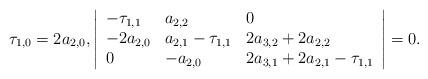
LaTeX: \begin{align*}\tau_{1,0}=2a_{2,0},\left|\begin{array}{lll}-\tau_{1,1}&a_{2,2}&0\\-2a_{2,0}& a_{2,1} -\tau_{1,1}&2a_{3,2}+2a_{2,2}\\0&-a_{2,0}&2a_{3,1}+2a_{2,1}-\tau_{1,1}\end{array}\right|=0.\end{align*}